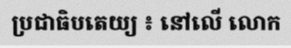
ប្រជាធិបតេយ្យ ៖ នៅលើ លោក